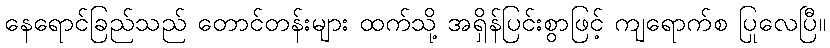
နေရောင်ခြည်သည် တောင်တန်းများ ထက်သို့ အရှိန်ပြင်းစွာဖြင့် ကျရောက်စ ပြုလေပြီ။